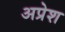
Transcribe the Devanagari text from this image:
अप्रेश